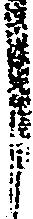
し